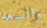
والسعه